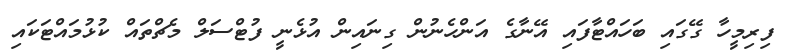
ފިރިމީހާ ގޭގައި ބަހައްޓާފައި އޭނާގެ އަންހެނުން ގިނައިން އުޅެނީ ފުޓްސަލް މެޗްތައް ކުޅުމައްޓަކައި